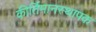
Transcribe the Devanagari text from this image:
कीर्तिमानस्थापक